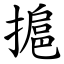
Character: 㨭